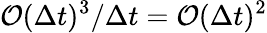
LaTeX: \mathcal{O}(\Delta t)^{3}/\Delta t=\mathcal{O}(\Delta t)^{2}